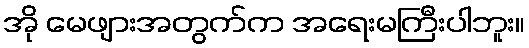
အို မေဖျားအတွက်က အရေးမကြီးပါဘူး။